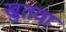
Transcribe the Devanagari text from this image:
खुतवा